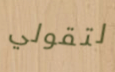
لتقولي